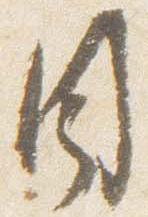
目